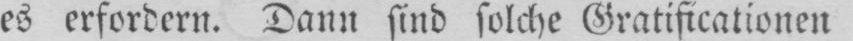
es erfordern. Dann sind solche Gratificationen